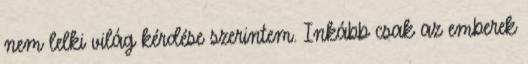
nem lelki világ kérdése szerintem. Inkább csak az emberek